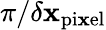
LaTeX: {\pi}/{\delta\mathbf{x}_{\mathrm{{pi\mathbf{x}el}}}}